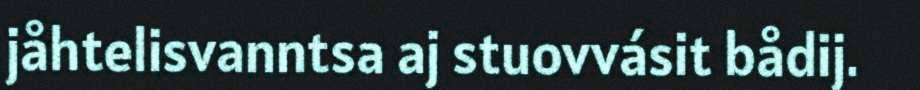
jåhtelisvanntsa aj stuovvásit bådij.